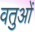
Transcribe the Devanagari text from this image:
वतुओं